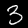
Digit: 3